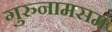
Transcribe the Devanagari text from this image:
गुरुनामसमं